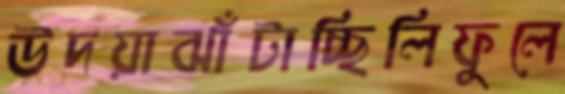
উদয়াঝাঁটাচ্ছিলিফুলে